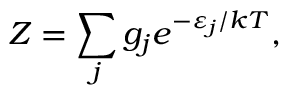
Z = \sum _ { j } g _ { j } e ^ { - \varepsilon _ { j } / k T } ,